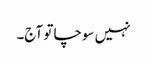
نہیں سوچا تو آج۔